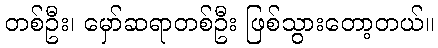
တစ်ဦး၊ မှော်ဆရာတစ်ဦး ဖြစ်သွားတော့တယ်။